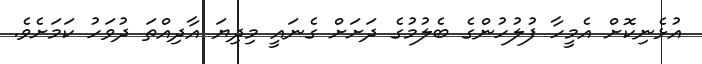
އުޅެނިކޮށް އެމީހާ ފުލުހުންގެ ބެލުމުގެ ދަށަށް ގެނައީ މިދިޔަ އާދިއްތަ ދުވަހު ކަމަށެވެ.